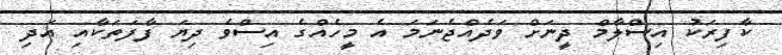
ކާފިރަކު އިސްލާމް ދީނަށް ވަދެއްޖެނަމަ އެ މީހެއްގެ އިސްވެ ދިޔަ ފާފަތަކާއި އަދި